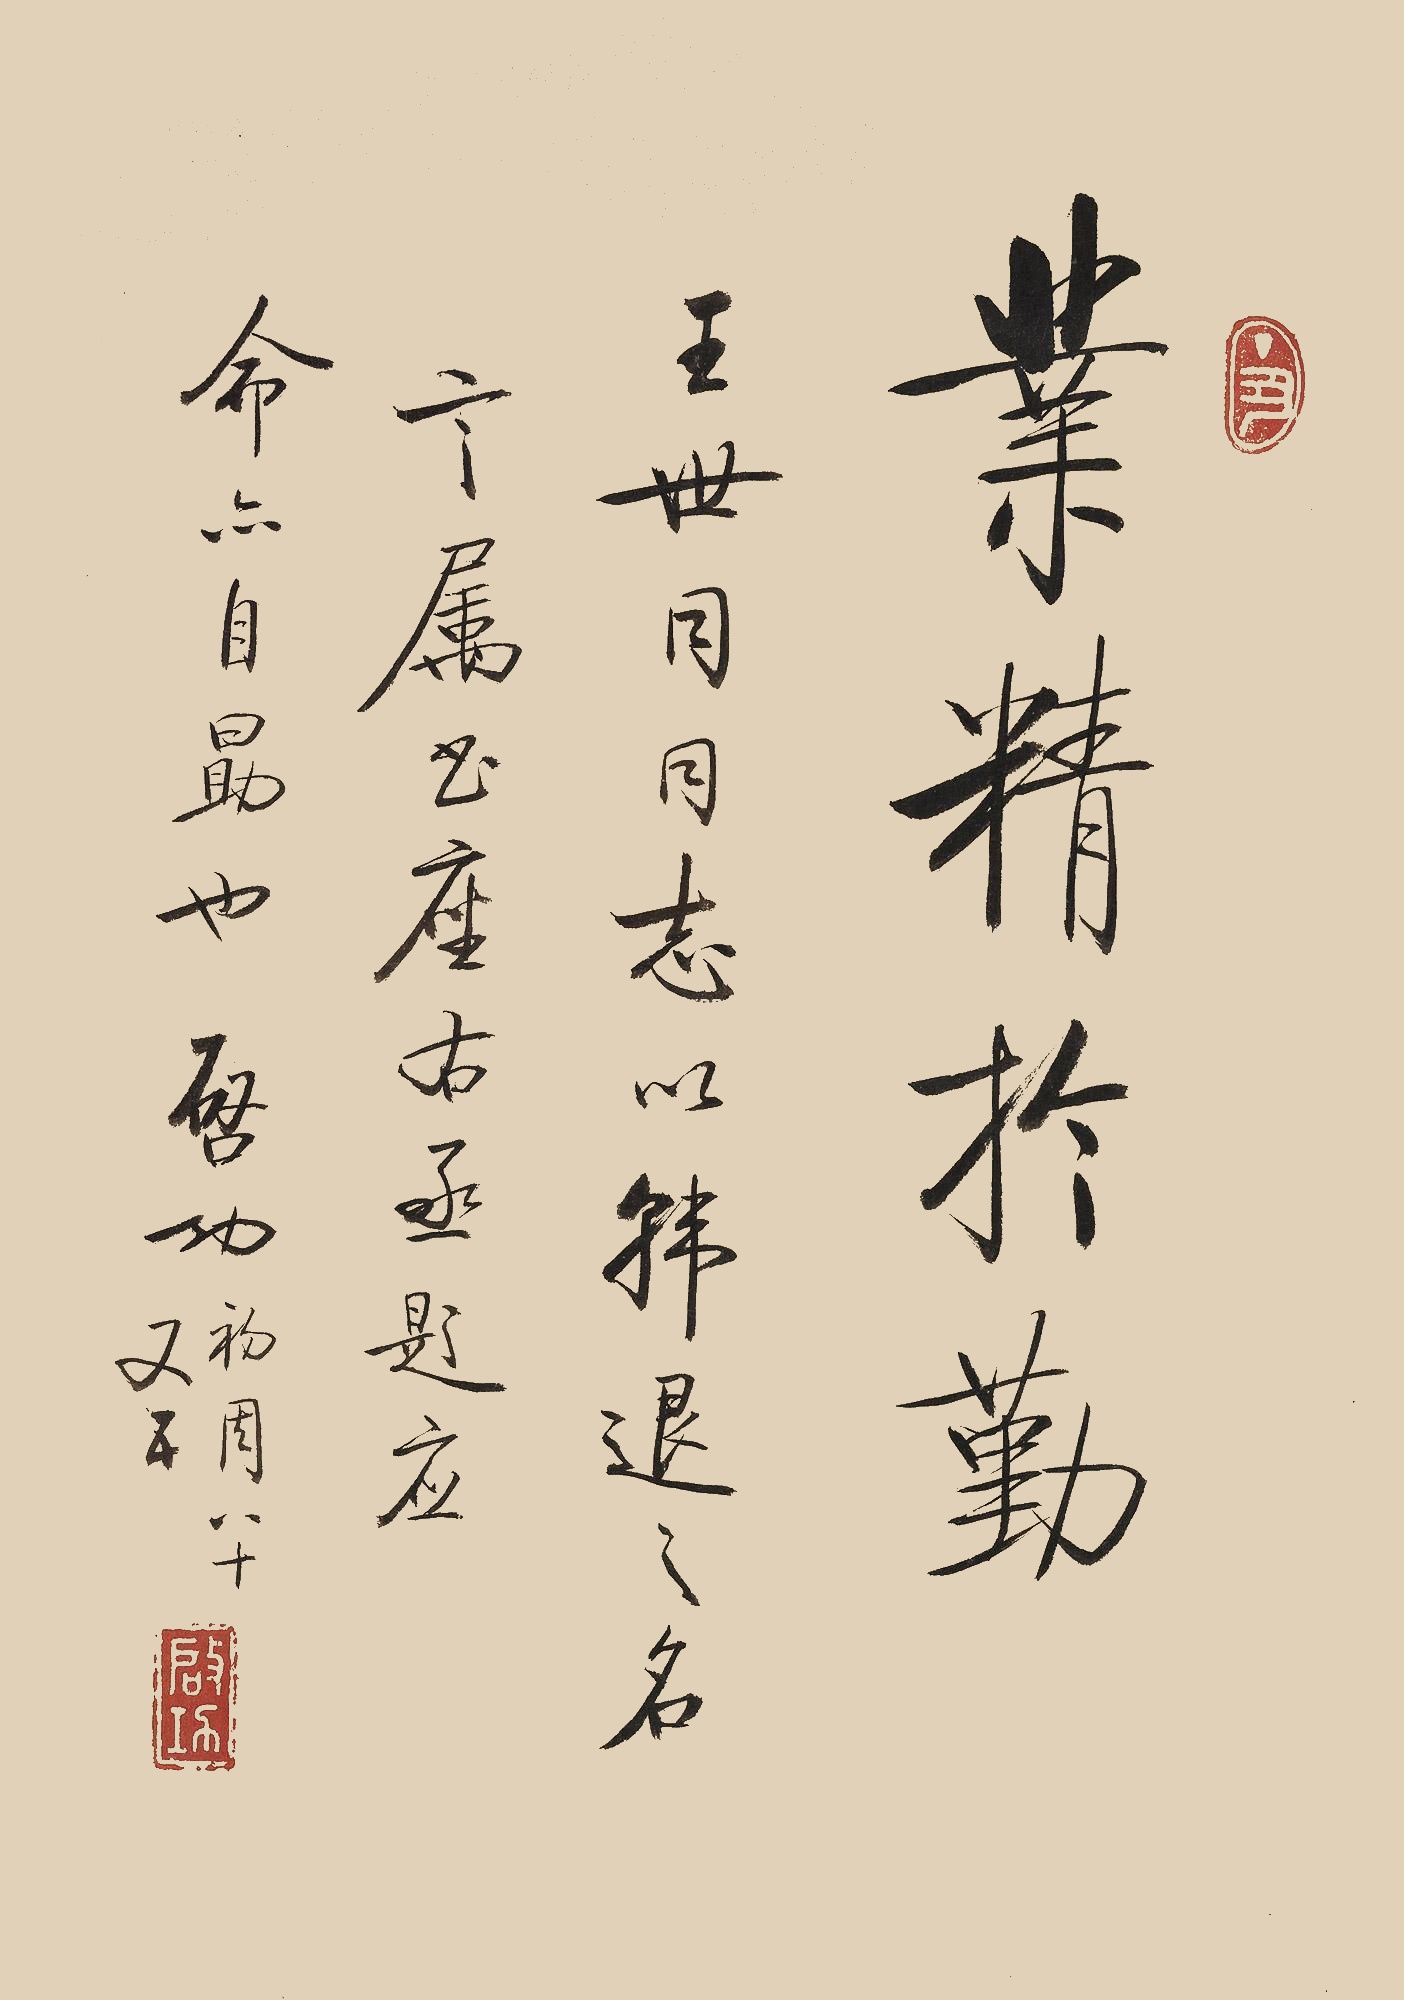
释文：业精于勤。王世同同志以韩退之名言属书座右，丞题应命，亦自勖也。启功初周八十又五。